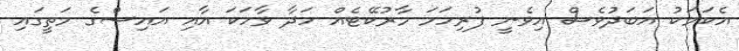
އެކަމަކު އަބަދުވެސް އިވެނީ ފުރިހަމަ މާރުކޭޓެއް ހަދާ ވާހަކަ އާއި އައިސްގެ މަތީގައި